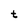
Character: t